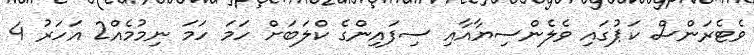
ވެޓެރަންސް ކަޕުގައި ވެލެންސިޔާއާއި ސިފައިންގެ ކްލަބަށް ހަމަ ހަމަ ނިމުމެއް2 އަހަރު 4